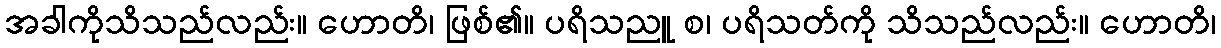
အခါကိုသိသည်လည်း။ ဟောတိ၊ ဖြစ်၏။ ပရိသညူ စ၊ ပရိသတ်ကို သိသည်လည်း။ ဟောတိ၊